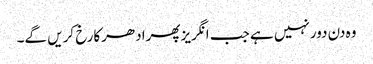
وہ دن دورنہیں ہے جب انگریزپھرادھرکارخ کریں گے۔